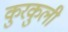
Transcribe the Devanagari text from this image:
कुरकुली